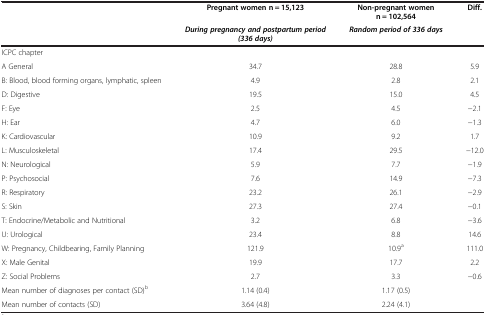
<table><thead><tr><td><b> </b></td><td><b>Pregnant women n = 15,123</b></td><td><b>Non-pregnant women n = 102,564</b></td><td><b>Diff.</b></td></tr><tr><td><b> </b></td><td><b><i>During pregnancy and postpartum period (336 days)</i></b></td><td><b><i>Random period of 336 days</i></b></td><td><b> </b></td></tr></thead><tbody><tr><td>ICPC chapter</td><td> </td><td> </td><td> </td></tr><tr><td>A General</td><td>34.7</td><td>28.8</td><td>5.9</td></tr><tr><td>B: Blood, blood forming organs, lymphatic, spleen</td><td>4.9</td><td>2.8</td><td>2.1</td></tr><tr><td>D: Digestive</td><td>19.5</td><td>15.0</td><td>4.5</td></tr><tr><td>F: Eye</td><td>2.5</td><td>4.5</td><td>−2.1</td></tr><tr><td>H: Ear</td><td>4.7</td><td>6.0</td><td>−1.3</td></tr><tr><td>K: Cardiovascular</td><td>10.9</td><td>9.2</td><td>1.7</td></tr><tr><td>L: Musculoskeletal</td><td>17.4</td><td>29.5</td><td>−12.0</td></tr><tr><td>N: Neurological</td><td>5.9</td><td>7.7</td><td>−1.9</td></tr><tr><td>P: Psychosocial</td><td>7.6</td><td>14.9</td><td>−7.3</td></tr><tr><td>R: Respiratory</td><td>23.2</td><td>26.1</td><td>−2.9</td></tr><tr><td>S: Skin</td><td>27.3</td><td>27.4</td><td>−0.1</td></tr><tr><td>T: Endocrine/Metabolic and Nutritional</td><td>3.2</td><td>6.8</td><td>−3.6</td></tr><tr><td>U: Urological</td><td>23.4</td><td>8.8</td><td>14.6</td></tr><tr><td>W: Pregnancy, Childbearing, Family Planning</td><td>121.9</td><td>10.9<sup>a</sup></td><td>111.0</td></tr><tr><td>X: Male Genital</td><td>19.9</td><td>17.7</td><td>2.2</td></tr><tr><td>Z: Social Problems</td><td>2.7</td><td>3.3</td><td>−0.6</td></tr><tr><td>Mean number of diagnoses per contact (SD)<sup>b</sup></td><td>1.14 (0.4)</td><td>1.17 (0.5)</td><td> </td></tr><tr><td>Mean number of contacts (SD)</td><td>3.64 (4.8)</td><td>2.24 (4.1)</td><td> </td></tr></tbody></table>